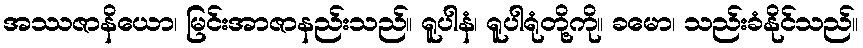
အဿဇာနိယော၊ မြင်းအာဇာနည်းသည်။ ရူပါနံ၊ ရူပါရုံတို့ကို။ ခမော၊ သည်းခံနိုင်သည်။